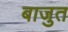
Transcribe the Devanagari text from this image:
बाजुत